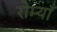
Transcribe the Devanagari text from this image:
रोम्याँ